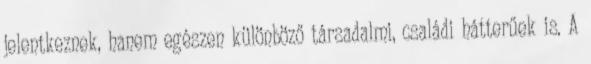
jelentkeznek, hanem egészen különböző társadalmi, családi hátterűek is. A